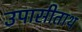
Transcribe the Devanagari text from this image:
उपासीताथ